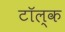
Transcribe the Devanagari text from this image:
टॉल्क